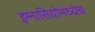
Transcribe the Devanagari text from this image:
इग्नासियोमध्येच